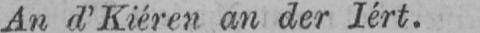
An d’Kiéren an der Iért.